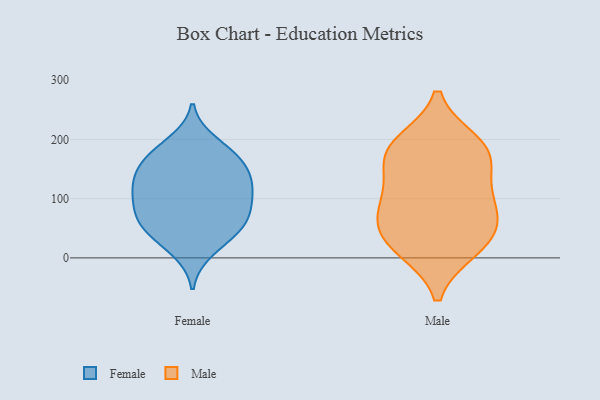
{"axis": {"x": "Backlog", "y": "Value"}, "legend": ["Female", "Male"], "data": [{"x": "", "y": 114, "type": "Female"}, {"x": "", "y": 142, "type": "Female"}, {"x": "", "y": 78, "type": "Female"}, {"x": "", "y": 110, "type": "Female"}, {"x": "", "y": 75, "type": "Female"}, {"x": "", "y": 168, "type": "Female"}, {"x": "", "y": 163, "type": "Female"}, {"x": "", "y": 45, "type": "Female"}, {"x": "", "y": 59, "type": "Female"}, {"x": "", "y": 63, "type": "Female"}, {"x": "", "y": 195, "type": "Female"}, {"x": "", "y": 105, "type": "Female"}, {"x": "", "y": 36, "type": "Female"}, {"x": "", "y": 142, "type": "Female"}, {"x": "", "y": 123, "type": "Female"}, {"x": "", "y": 177, "type": "Female"}, {"x": "", "y": 12, "type": "Female"}, {"x": "", "y": 67, "type": "Male"}, {"x": "", "y": 16, "type": "Male"}, {"x": "", "y": 72, "type": "Male"}, {"x": "", "y": 35, "type": "Male"}, {"x": "", "y": 23, "type": "Male"}, {"x": "", "y": 193, "type": "Male"}, {"x": "", "y": 175, "type": "Male"}, {"x": "", "y": 180, "type": "Male"}, {"x": "", "y": 110, "type": "Male"}, {"x": "", "y": 172, "type": "Male"}, {"x": "", "y": 104, "type": "Male"}]}